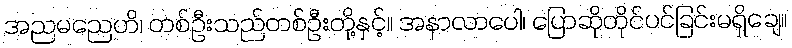
အညမညေဟိ၊ တစ်ဦးသည်တစ်ဦးတို့နှင့်။ အနာလာပေါ၊ ပြောဆိုတိုင်ပင်ခြင်းမရှိချေ။